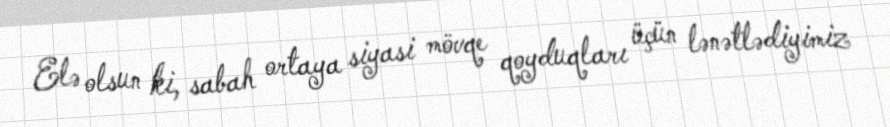
Elə olsun ki, sabah ortaya siyasi mövqe qoyduqları üçün lənətlədiyimiz